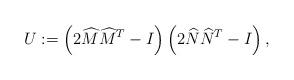
LaTeX: \begin{align*}U:= \left(2\widehat{M}\widehat{M}^T-I\right)\left(2\widehat{N}\widehat{N}^T-I\right),\end{align*}